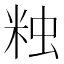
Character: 𧊾